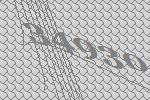
34930